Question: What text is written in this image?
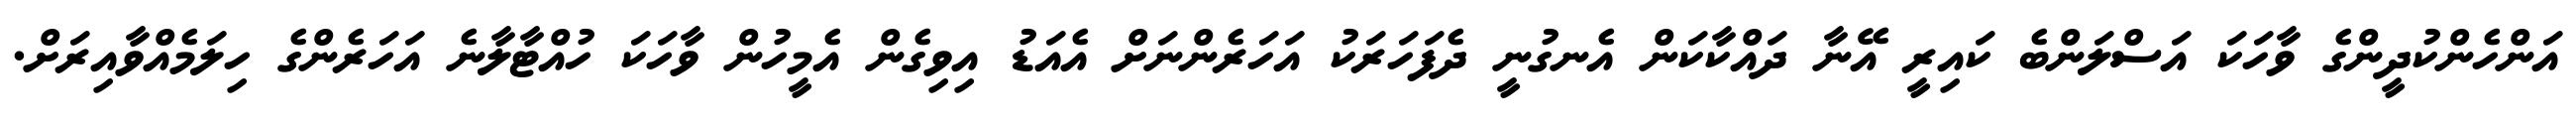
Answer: އަންހެންކުދީންގެ ވާހަކަ އަސްލަންބެ ކައިރީ އޭނާ ދައްކާކަން އެނގުނީ ދެފަހަރަކު އަހަރެންނަށް އެއަޑު އިވިގެން އެމީހުން ވާހަކަ ހުއްޓާލާނެ އަހަރެންގެ ހިލަމެއްވާއިރަށް.